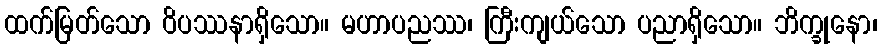
ထက်မြတ်သော ဝိပဿနာရှိသော။ မဟာပညဿ၊ ကြီးကျယ်သော ပညာရှိသော။ ဘိက္ခုနော၊